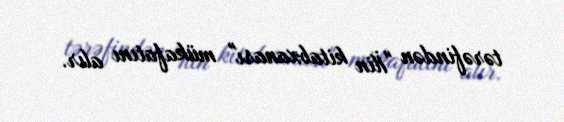
tərəfindən "İlin kitabxanası" mükafatını alır.